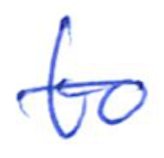
Text: to
Cross-out: single-line
Writing tool: ballpoint